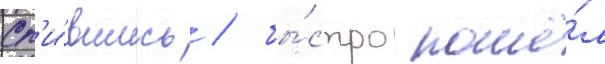
Сп'и́вшись / бы́стро пошё́л